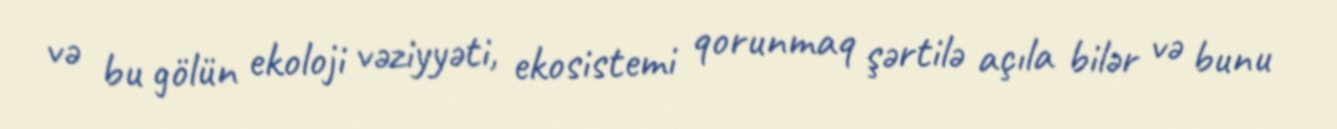
və bu gölün ekoloji vəziyyəti, ekosistemi qorunmaq şərtilə açıla bilər və bunu